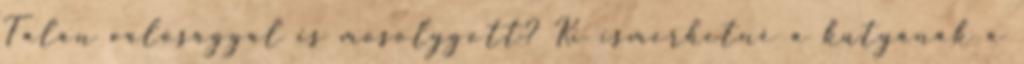
Talán valósággal is mosolygott? Ki ismerhetné a kutyának a